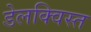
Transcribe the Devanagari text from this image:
डेलक्विस्त